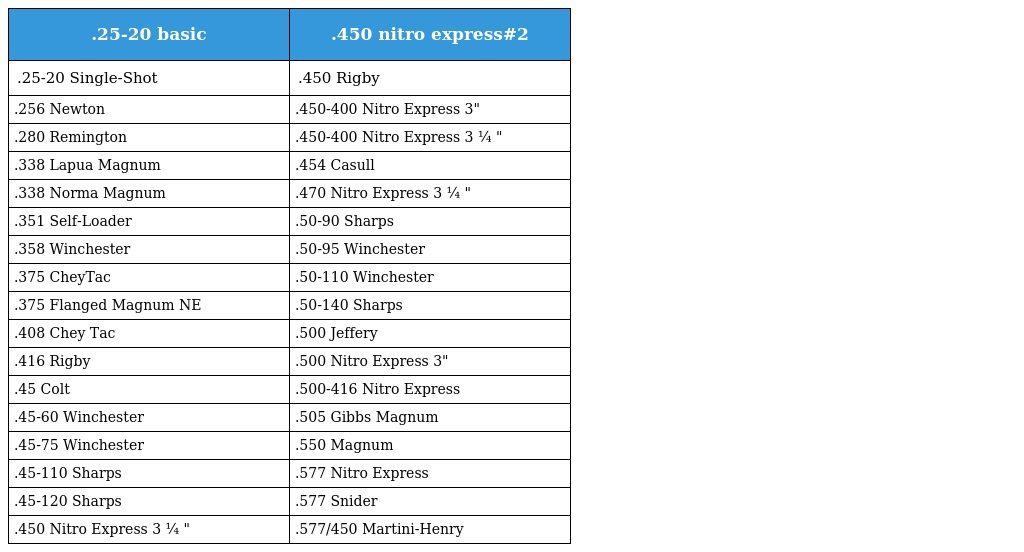
| .25-20 basic | .450 nitro express#2 |
 | --- | --- |
 | .25-20 Single-Shot | .450 Rigby |
 | .256 Newton | .450-400 Nitro Express 3" |
 | .280 Remington | .450-400 Nitro Express 3 ¼ " |
 | .338 Lapua Magnum | .454 Casull |
 | .338 Norma Magnum | .470 Nitro Express 3 ¼ " |
 | .351 Self-Loader | .50-90 Sharps |
 | .358 Winchester | .50-95 Winchester |
 | .375 CheyTac | .50-110 Winchester |
 | .375 Flanged Magnum NE | .50-140 Sharps |
 | .408 Chey Tac | .500 Jeffery |
 | .416 Rigby | .500 Nitro Express 3" |
 | .45 Colt | .500-416 Nitro Express |
 | .45-60 Winchester | .505 Gibbs Magnum |
 | .45-75 Winchester | .550 Magnum |
 | .45-110 Sharps | .577 Nitro Express |
 | .45-120 Sharps | .577 Snider |
 | .450 Nitro Express 3 ¼ " | .577/450 Martini-Henry |